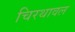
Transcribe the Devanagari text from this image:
चिरथावल